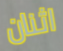
اثنان